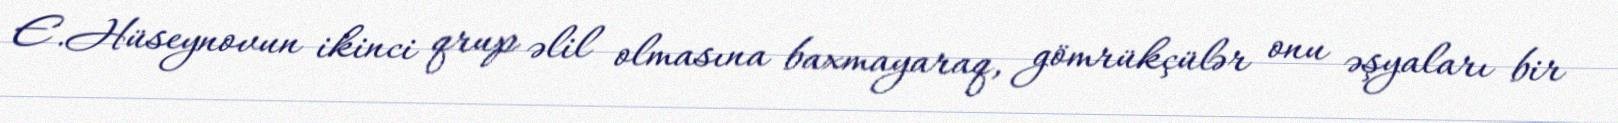
E.Hüseynovun ikinci qrup əlil olmasına baxmayaraq, gömrükçülər onu əşyaları bir